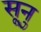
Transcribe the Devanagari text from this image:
सूनु